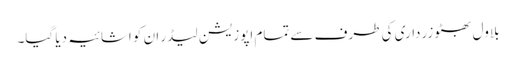
بلاول بھٹو زرداری کی طرف سے تمام اپوزیشن لیڈر ان کو اشائیہ دیا گیا۔